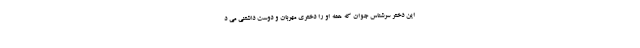
این دختر سرشناس جوان که همه او را دختری مهربان و دوست داشتنی می د